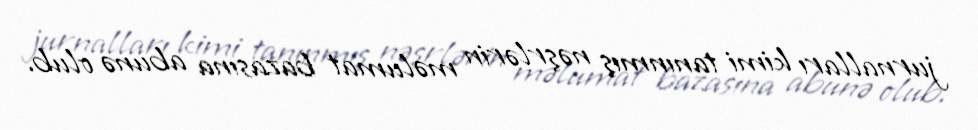
jurnalları kimi tanınmış nəşrlərin məlumat bazasına abunə olub.